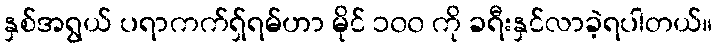
နှစ်အရွယ် ပရာကက်ရှ်ရမ်ဟာ မိုင် ၁၀၀ ကို ခရီးနှင်လာခဲ့ရပါတယ်။